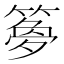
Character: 𫂝